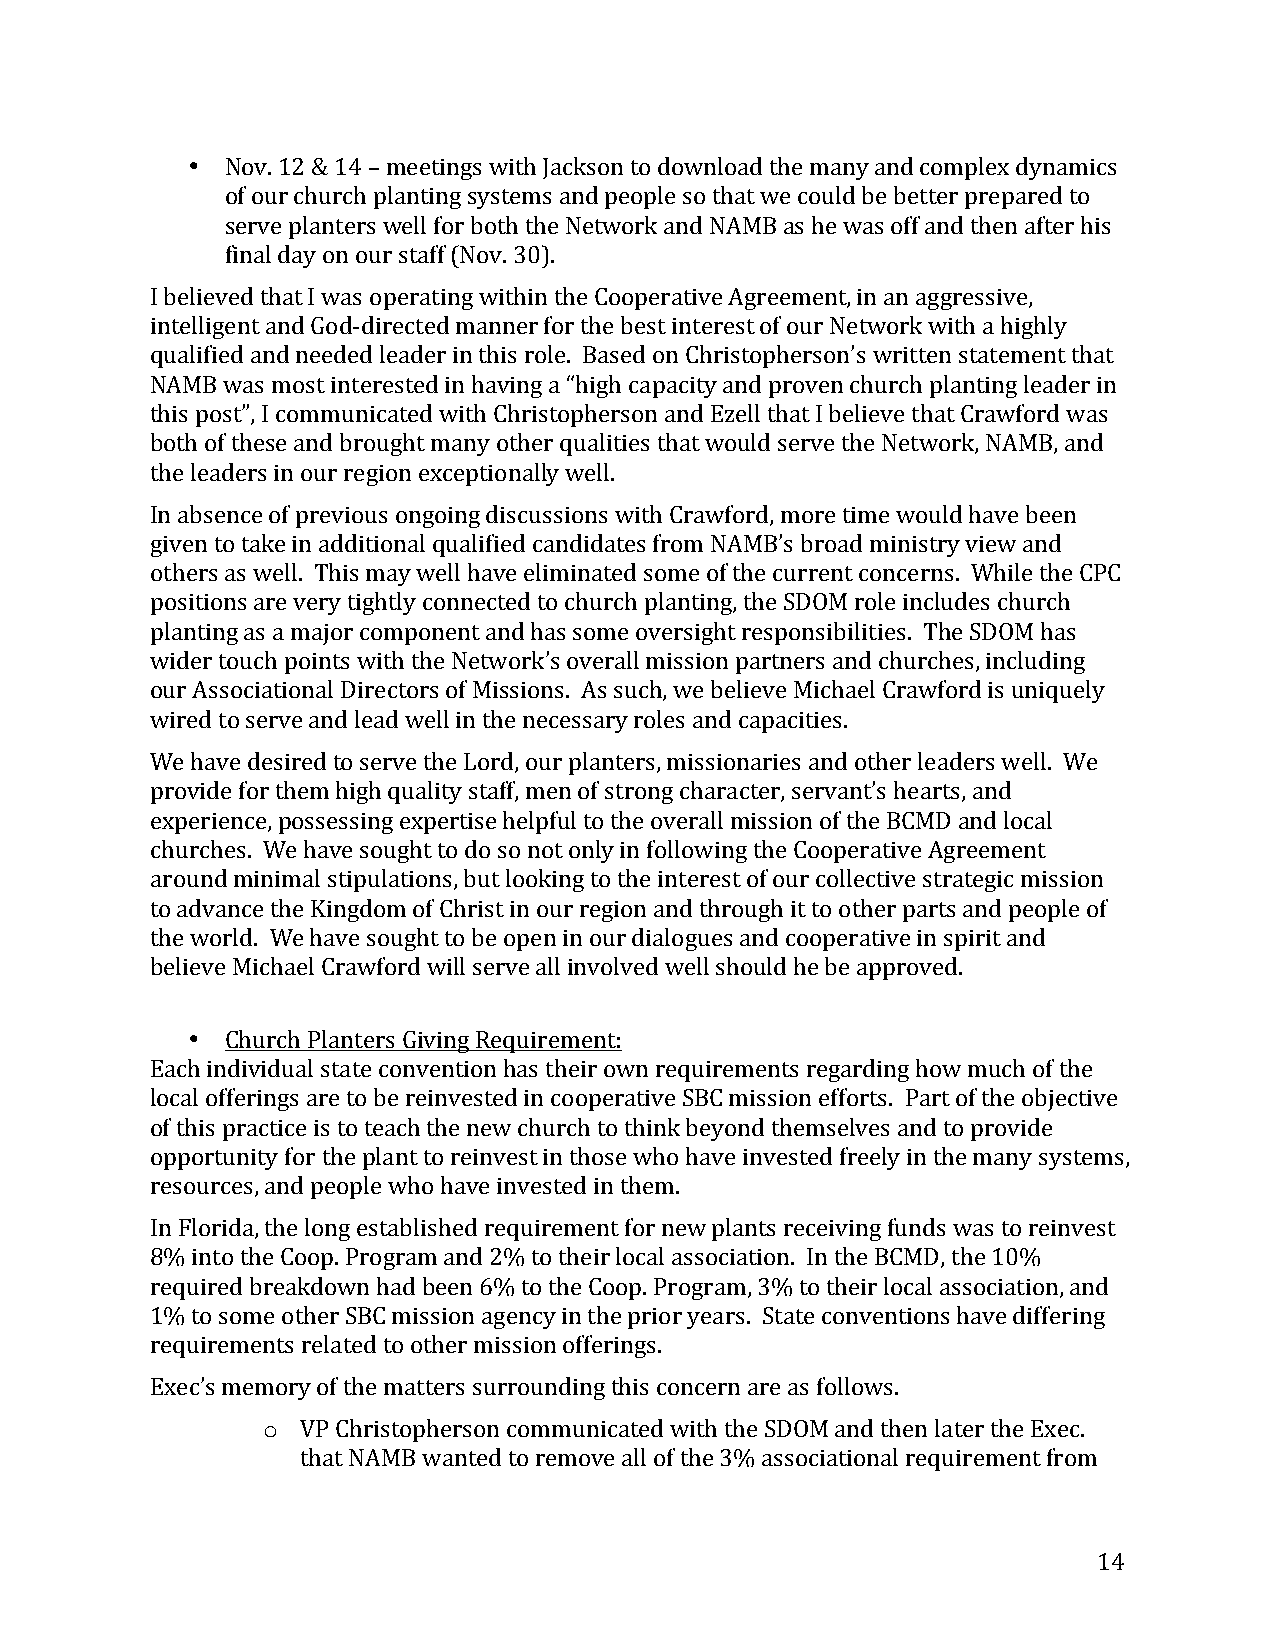
•  Nov. 12 & 14 – meetings with Jackson to download the many and complex dynamics
 of our church planting systems and people so that we could be better prepared to
 serve planters well for both the Network and NAMB as he was off and then after his
 final day on our staff (Nov. 30).
 I believed that I was operating within the Cooperative Agreement, in an aggressive,
 intelligent and God-­‐directed manner for the best interest of our Network with a highly
 qualified and needed leader in this role. Based on Christopherson’s written statement that
 NAMB was most interested in having a “high capacity and proven church planting leader in
 this post”, I communicated with Christopherson and Ezell that I believe that Crawford was
 both of these and brought many other qualities that would serve the Network, NAMB, and
 the leaders in our region exceptionally well.
 In absence of previous ongoing discussions with Crawford, more time would have been
 given to take in additional qualified candidates from NAMB’s broad ministry view and
 others as well. This may well have eliminated some of the current concerns. While the CPC
 positions are very tightly connected to church planting, the SDOM role includes church
 planting as a major component and has some oversight responsibilities. The SDOM has
 wider touch points with the Network’s overall mission partners and churches, including
 our Associational Directors of Missions. As such, we believe Michael Crawford is uniquely
 wired to serve and lead well in the necessary roles and capacities.
 We have desired to serve the Lord, our planters, missionaries and other leaders well. We
 provide for them high quality staff, men of strong character, servant’s hearts, and
 experience, possessing expertise helpful to the overall mission of the BCMD and local
 churches. We have sought to do so not only in following the Cooperative Agreement
 around minimal stipulations, but looking to the interest of our collective strategic mission
 to advance the Kingdom of Christ in our region and through it to other parts and people of
 the world. We have sought to be open in our dialogues and cooperative in spirit and
 believe Michael Crawford will serve all involved well should he be approved.
 •  Church Planters Giving Requirement:
 Each individual state convention has their own requirements regarding how much of the
 local offerings are to be reinvested in cooperative SBC mission efforts. Part of the objective
 of this practice is to teach the new church to think beyond themselves and to provide
 opportunity for the plant to reinvest in those who have invested freely in the many systems,
 resources, and people who have invested in them.
 In Florida, the long established requirement for new plants receiving funds was to reinvest
 8% into the Coop. Program and 2% to their local association. In the BCMD, the 10%
 required breakdown had been 6% to the Coop. Program, 3% to their local association, and
 1% to some other SBC mission agency in the prior years. State conventions have differing
 requirements related to other mission offerings.
 Exec’s memory of the matters surrounding this concern are as follows.
 o  VP Christopherson communicated with the SDOM and then later the Exec.
 that NAMB wanted to remove all of the 3% associational requirement from
 14